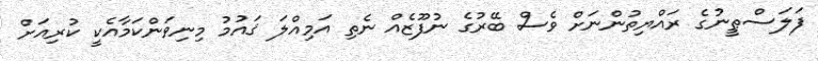
ފަލަސްޠީނުގެ ރައްޔިތުންނަށް ވެސް ބޭރުގެ ނުފޫޒެއް ނެތި އަމިއްލަ ޤައުމު މިނިވަންކަމާއެކީ ކުރިއަށް